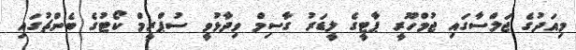
މިއަދުގެ ޖަލްސާގައި ޖުމްހޫރީ ޕާޓީގެ ލީޑަރު ގާސިމް ވިދާޅުވީ ސުޕްރީމް ކޯޓުގެ ބެންޗުގައި